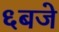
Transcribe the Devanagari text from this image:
६बजे